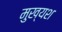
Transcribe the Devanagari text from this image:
मुख्यश